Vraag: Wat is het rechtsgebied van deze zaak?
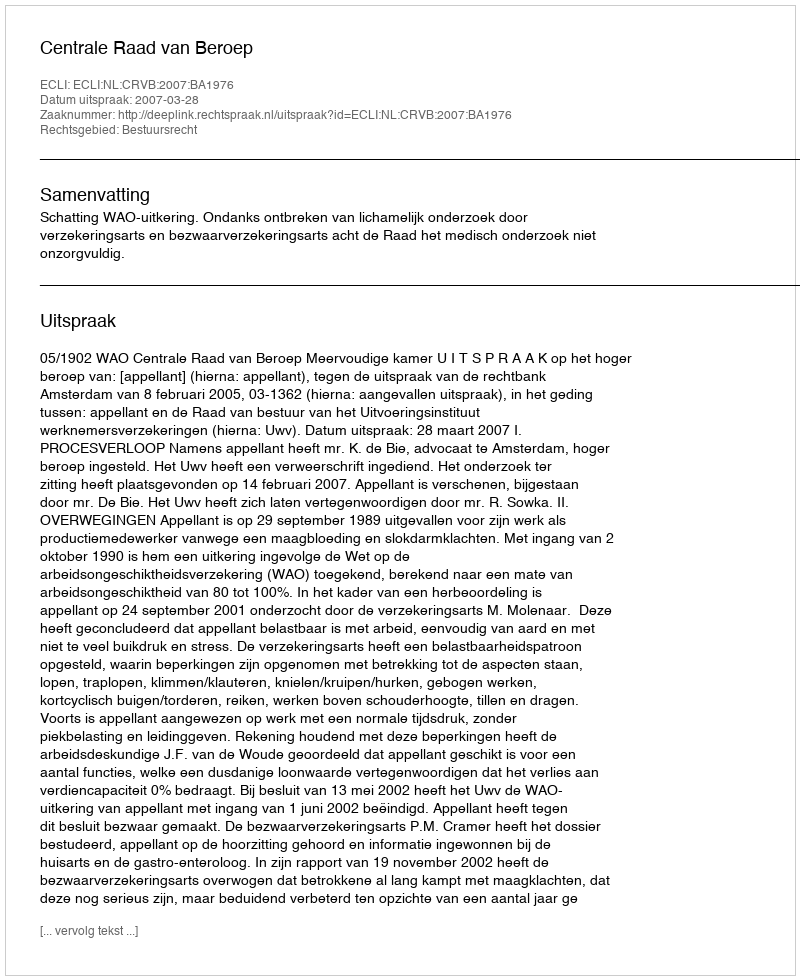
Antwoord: Bestuursrecht